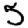
Digit: 5